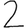
Digit: 2